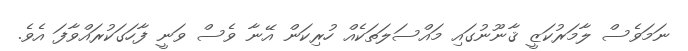
ނަމަވެސް ލާމަރުކަޒީ ޤާނޫނުގައި މައްސަލަތަކެއް ހުރިކަން އޭނާ ވެސް ވަނީ ފާހަގަކުރައްވާފަ އެވެ.